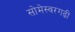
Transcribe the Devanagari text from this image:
सोमेस्वरगढी